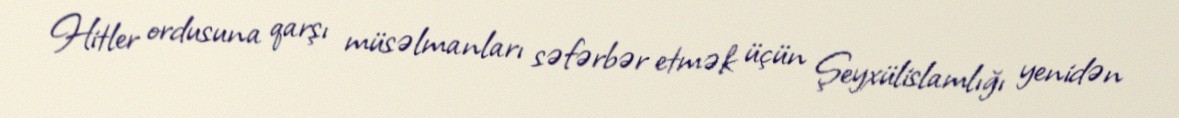
Hitler ordusuna qarşı müsəlmanları səfərbər etmək üçün Şeyxülislamlığı yenidən